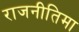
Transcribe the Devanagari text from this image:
राजनीतिमा